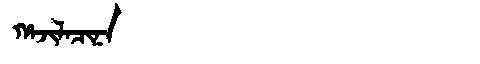
Manchu: ᡥᠠᠵᡳᠯᠠᠴᡳᠨᠠ
Romanization: HAJILACINA